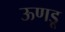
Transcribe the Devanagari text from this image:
ऊणडू